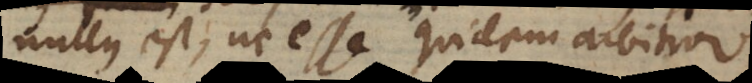
nullus est, ne esse quidem arbitror.